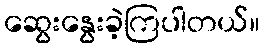
ဆွေးနွေးခဲ့ကြပါတယ်။